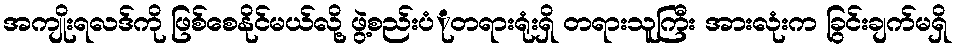
အကျိုးရလဒ်ကို ဖြစ်စေနိုင်မယ်လို့ ဖွဲ့စည်းပံုံတရားရုံးရှိ တရားသူကြီး အားလုံးက ခြွင်းချက်မရှိ